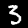
Digit: 3